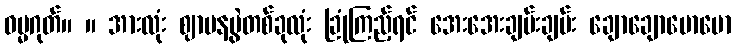
ဓမ္မဂုတ်။ ။ အားလုံး ဈာပနပွဲတစ်ခုလုံး ခြုံကြည့်ရင် အေးအေးချမ်းချမ်း ချောချောမောမော